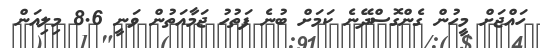
ހައްޖަށް މީހުން ގެންގޮސްދޭނެ ކަމަށް ބުނެ ފަތުހު ޖަމާއަތުން ވަނީ 8.6 މިލިއަން